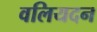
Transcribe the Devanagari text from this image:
वलियदन